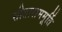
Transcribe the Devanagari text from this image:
सीताराममूर्ति